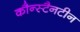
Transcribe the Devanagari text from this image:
कौन्स्टैनटीन